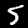
Digit: 5